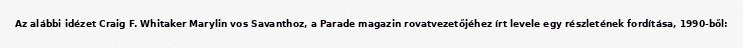
Az alábbi idézet Craig F. Whitaker Marylin vos Savanthoz, a Parade magazin rovatvezetőjéhez írt levele egy részletének fordítása, 1990-ből: